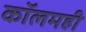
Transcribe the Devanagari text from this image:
कॉलमही